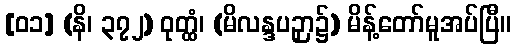
[၀၁] (နိ၊ ၃၇၂) ဝုတ္ထံ၊ (မိလန္ဒပဉှာ၌) မိန့်တော်မူအပ်ပြီ။